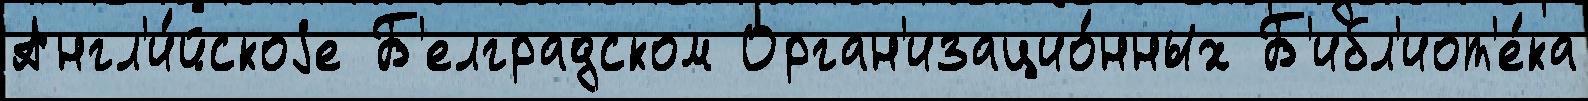
Англ'и́йскоjе Б'елградском Орган'изацио́нных Б'ибл'иот'е́ка